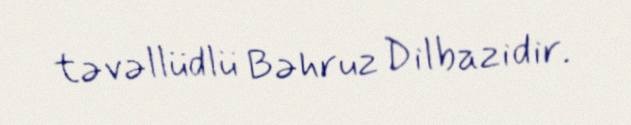
təvəllüdlü Bəhruz Dilbazidir.